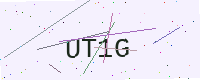
Text: UT1G